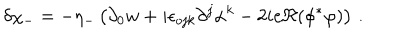
\delta \chi _ { - } = - \eta _ { - } \left( \partial _ { 0 } w + i \epsilon _ { o j k } \partial ^ { j } \alpha ^ { k } - 2 i e \Re ( \phi ^ { * } \varphi ) \right) \, .